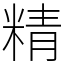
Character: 精